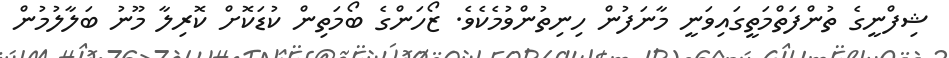
ޝިފްނީގެ ތުންފަތްމަތީގައިވަނީ މާނަފުން ހިނިތުންވުމެކެވެ. ޒޯހަންގެ ބޯމަތިން ކުޑަކޮށް ކޮރިލާ މޫނު ބަލާލުމުން